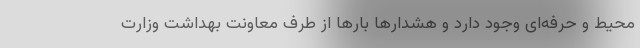
محیط و حرفه‌ای وجود دارد و هشدارها بارها از طرف معاونت بهداشت وزارت